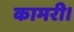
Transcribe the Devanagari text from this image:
कामरी।